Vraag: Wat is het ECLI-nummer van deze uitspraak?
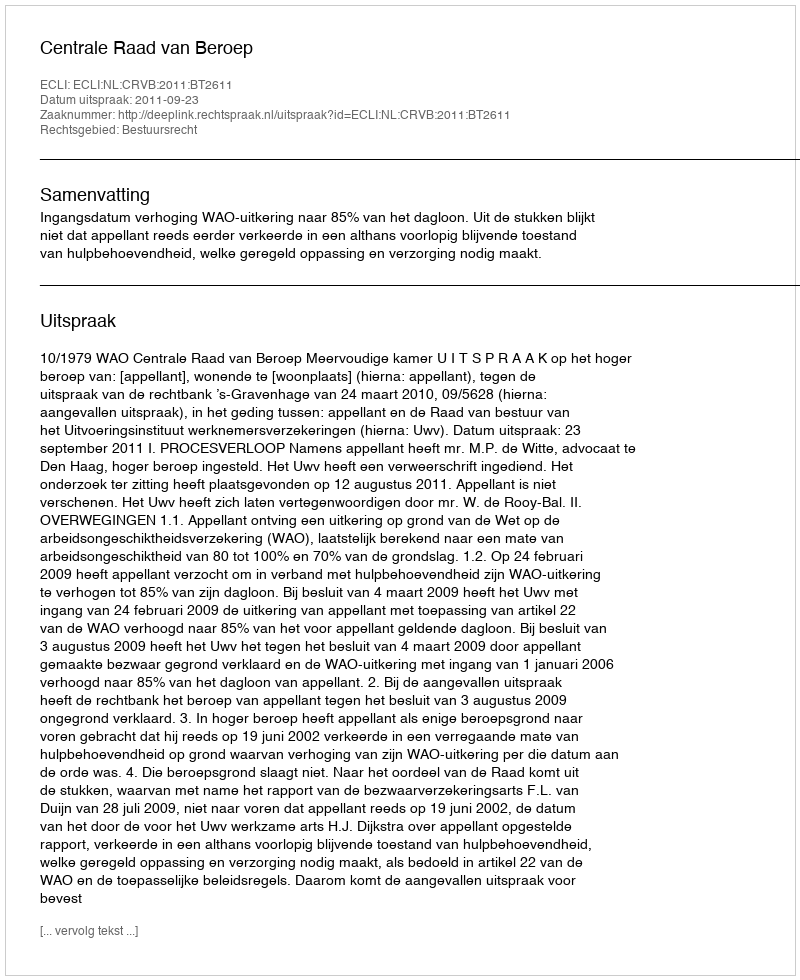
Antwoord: ECLI:NL:CRVB:2011:BT2611